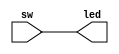
module echo (
	input [7:0] sw,
	output [7:0] led
);
assign led = sw;
endmodule